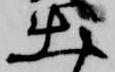
出